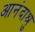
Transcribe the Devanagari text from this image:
आनंदाश्रु